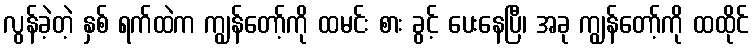
လွန်ခဲ့တဲ့ နှစ် ရက်ထဲက ကျွန်တော့်ကို ထမင်း စား ခွင့် ပေးနေပြီ၊ အခု ကျွန်တော့်ကို ထထိုင်